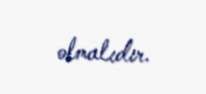
olmalıdır.